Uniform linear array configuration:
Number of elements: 32
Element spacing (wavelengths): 0.75
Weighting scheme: uniform
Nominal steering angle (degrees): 0
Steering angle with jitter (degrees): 1.389
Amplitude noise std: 0.05
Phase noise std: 0.05

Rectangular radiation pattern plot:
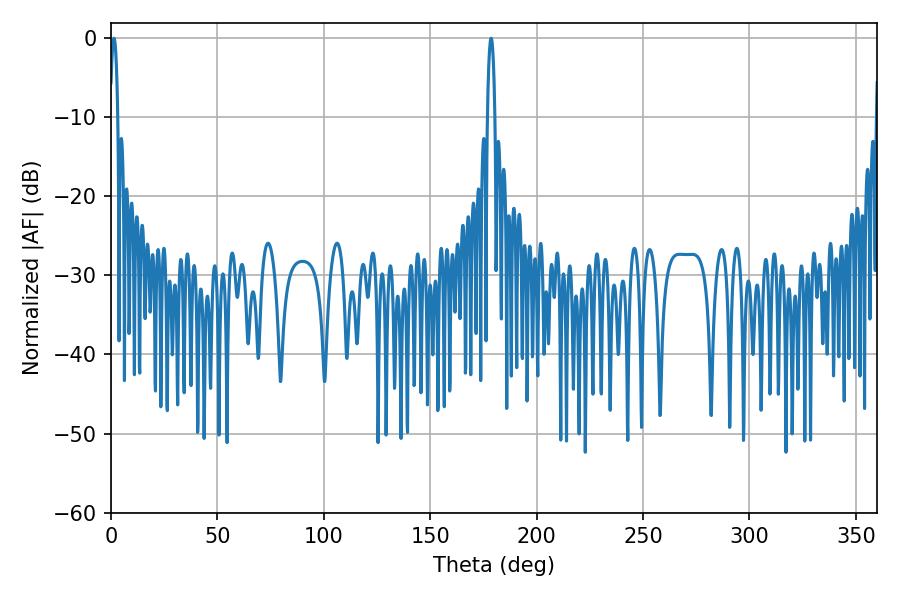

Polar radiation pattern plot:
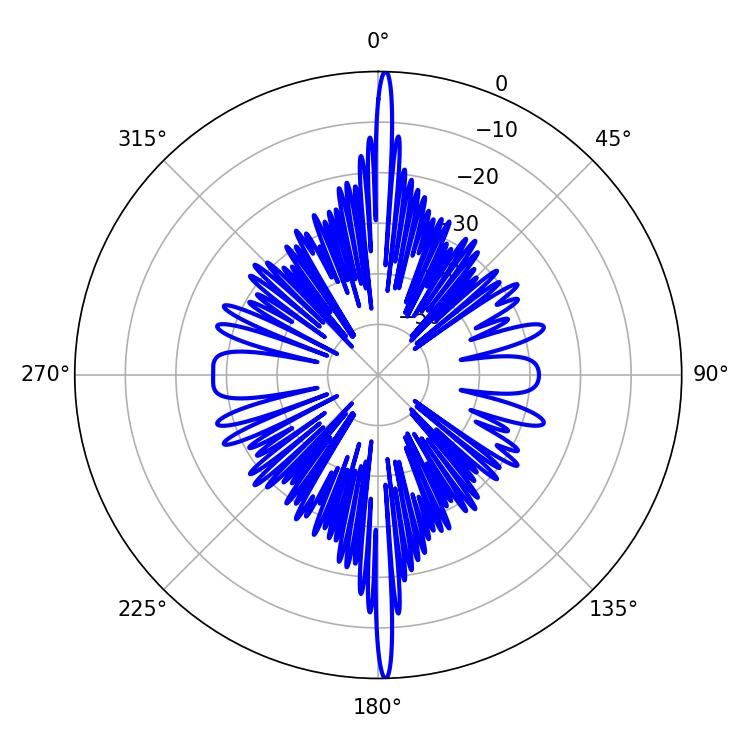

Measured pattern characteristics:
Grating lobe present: TRUE
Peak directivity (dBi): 30.416
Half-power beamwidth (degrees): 1.98
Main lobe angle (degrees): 178.56